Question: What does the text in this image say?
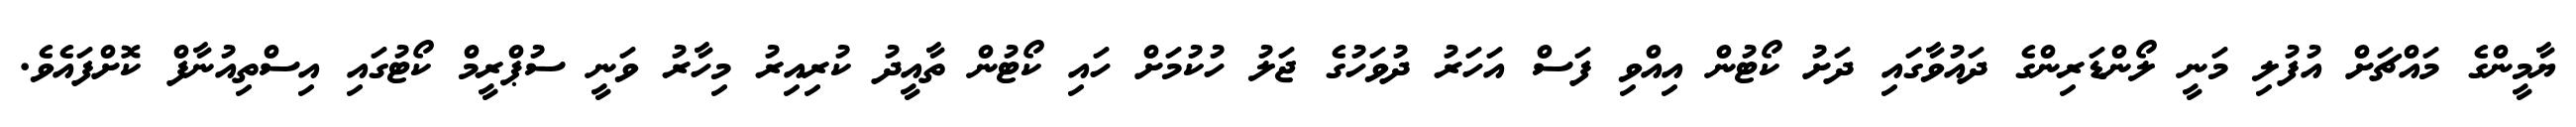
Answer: ޔާމީންގެ މައްޗަށް އުފުލި މަނީ ލޯންޑަރިންގެ ދައުވާގައި ދަށު ކޯޓުން އިއްވި ފަސް އަހަރު ދުވަހުގެ ޖަލު ހުކުމަށް ހައި ކޯޓުން ތާއީދު ކުރިއިރު މިހާރު ވަނީ ސުޕްރީމް ކޯޓުގައި އިސްތިއުނާފް ކޮށްފައެވެ.